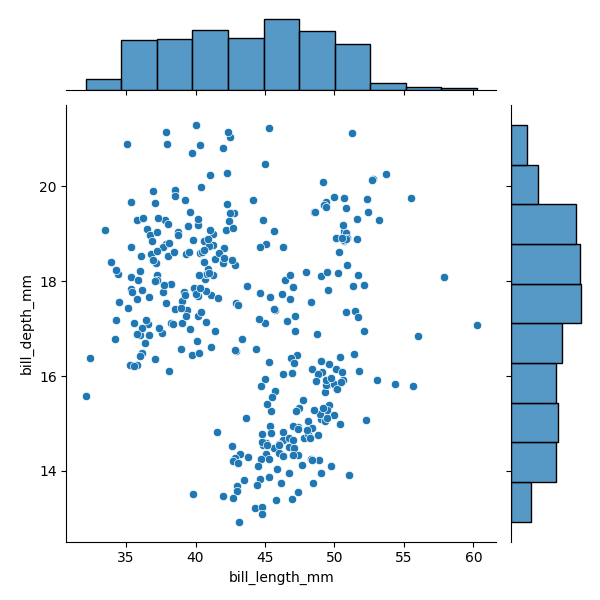
python, seaborn, JointGrid, scatterplot, histplot